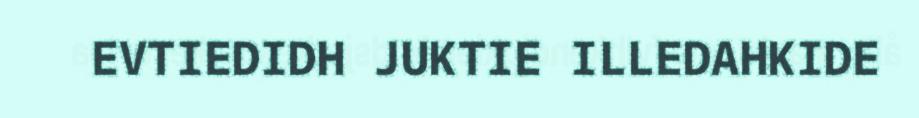
EVTIEDIDH JUKTIE ILLEDAHKIDE